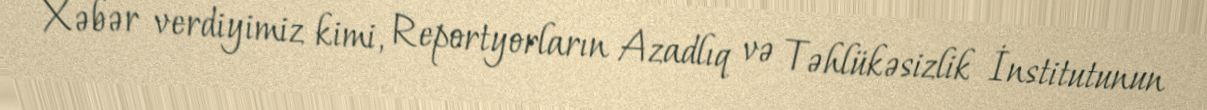
Xəbər verdiyimiz kimi, Reportyorların Azadlıq və Təhlükəsizlik İnstitutunun